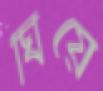
ঘিয়ে